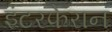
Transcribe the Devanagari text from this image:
इंटरफेरान